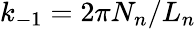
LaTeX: k_{-1}=2\pi N_{n}/L_{n}